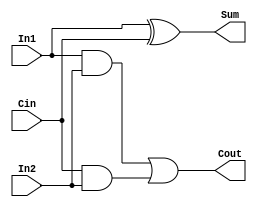

`timescale 1ns / 1ps
module fullAdder (In1, In2,Cin,Sum,Cout);
  input In1, In2, Cin;
  output Sum, Cout;
  
xor #(1,4) (Sum,In1,Cin); 
and #(2,4) (d,In1,In2);
and #(3,4) (e,Cin,In2);
or #(4,4) (Cout,d,e); 
endmodule

module fullAdder_tb;


 // Inputs

 reg In1;

 reg In2;

 reg Cin;


 // Outputs

 wire Sum;
wire d;
wire e; 

 wire Cout;

 

 

 // Instantiate the Unit Under Test (UUT)

 fullAdder uut (

  .In1(In1), 

  .In2(In2), 

  .Cin(Cin), 

  .Sum(Sum), 

  .Cout(Cout)

  );

  
 endmodule